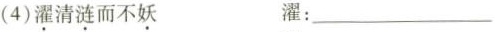
(4)濯清涟而不妖 濯：___